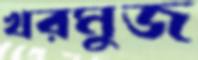
খরমুজ